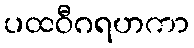
ပထဝီဂရဟကာ